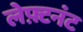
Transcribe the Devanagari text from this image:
लेफ़्टनंट